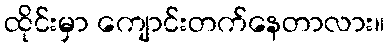
ထိုင်းမှာ ကျောင်းတက်နေတာလား။